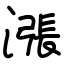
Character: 漲